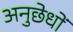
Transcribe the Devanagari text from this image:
अनुछेधों